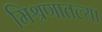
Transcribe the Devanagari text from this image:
मिश्रणातल्या